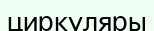
циркуляры